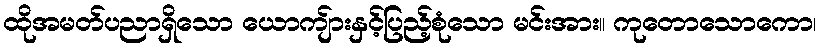
ထိုအမတ်ပညာရှိသော ယောကျ်ားနှင့်ပြည့်စုံသော မင်းအား။ ကုတောသောကော၊